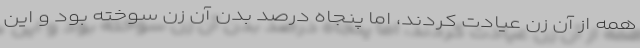
همه از آن زن عيادت كردند، اما پنجاه درصد بدن آن زن سوخته بود و اين